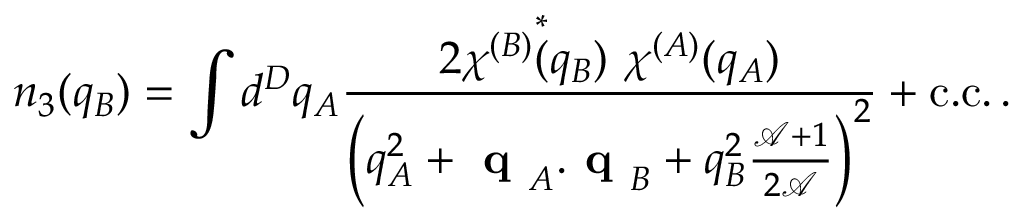
n _ { 3 } ( q _ { B } ) = \int d ^ { D } q _ { A } \frac { 2 \chi ^ { ( B ) } \overset { * } { ( } q _ { B } ) \ \chi ^ { ( A ) } ( q _ { A } ) } { \left( q _ { A } ^ { 2 } + \textbf { q } _ { A } . \textbf { q } _ { B } + q _ { B } ^ { 2 } \frac { \mathcal { A } + 1 } { 2 \mathcal { A } } \right) ^ { 2 } } + \mathrm { c . c . } \, .